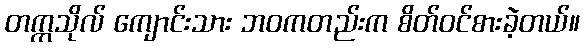
တက္ကသိုလ် ကျောင်းသား ဘဝကတည်းက စိတ်ဝင်စားခဲ့တယ်။